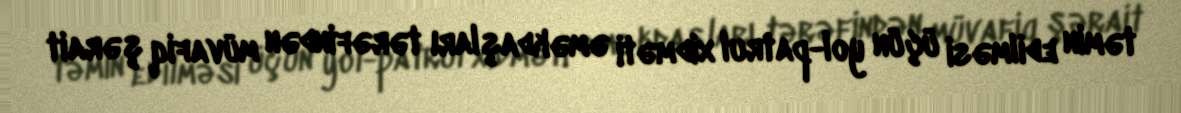
təmin edilməsi üçün yol-patrul xidməti əməkdaşları tərəfindən müvafiq şərait